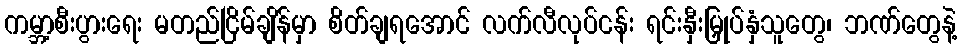
ကမ္ဘာ့စီးပွားရေး မတည်ငြိမ်ချိန်မှာ စိတ်ချရအောင် လက်လီလုပ်ငန်း ရင်းနှီးမြှုပ်နှံသူတွေ၊ ဘဏ်တွေနဲ့